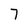
Character: 7